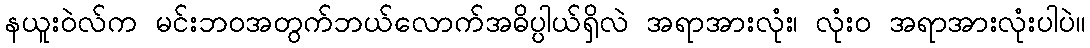
နယူးဝဲလ်က မင်းဘဝအတွက်ဘယ်လောက်အဓိပ္ပါယ်ရှိလဲ အရာအားလုံး၊ လုံး၀ အရာအားလုံးပါပဲ။